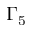
\Gamma _ { 5 }